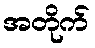
အတိုက်